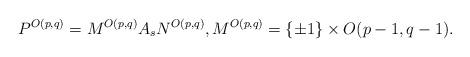
LaTeX: \begin{align*} P^{O(p,q)} = M^{O(p,q)} A_s N^{O(p,q)}, M^{O(p,q)} = \{\pm 1\} \times O(p-1,q-1).\end{align*}